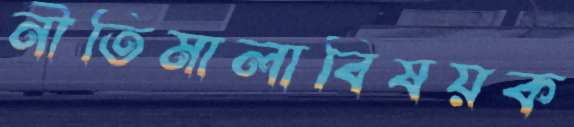
নীতিমালাবিষয়ক